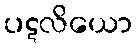
ပဋလိယော